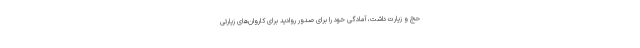
حج و زیارت داشت، آمادگی خود را برای صدور روادید برای کاروان‌های زیارتی